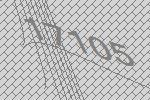
17105